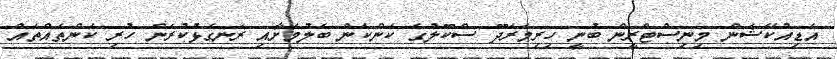
އެޑިއުކޭޝަން މިނިސްޓްރީން ބުނީ ހިރިމަރަދޫ ސްކޫލުގެ ކަންކަން ބެލުމަށާއި ރަނގަޅުކުރަން ހުރި ކަންތައްތައް